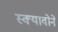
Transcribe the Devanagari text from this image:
स्क्यावोने